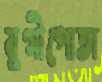
যুগীপোতা